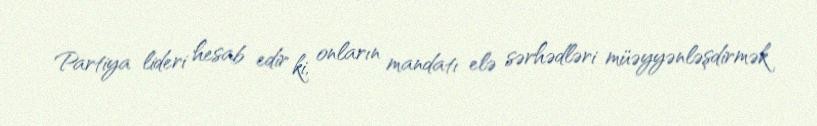
Partiya lideri hesab edir ki, onların mandatı elə sərhədləri müəyyənləşdirmək